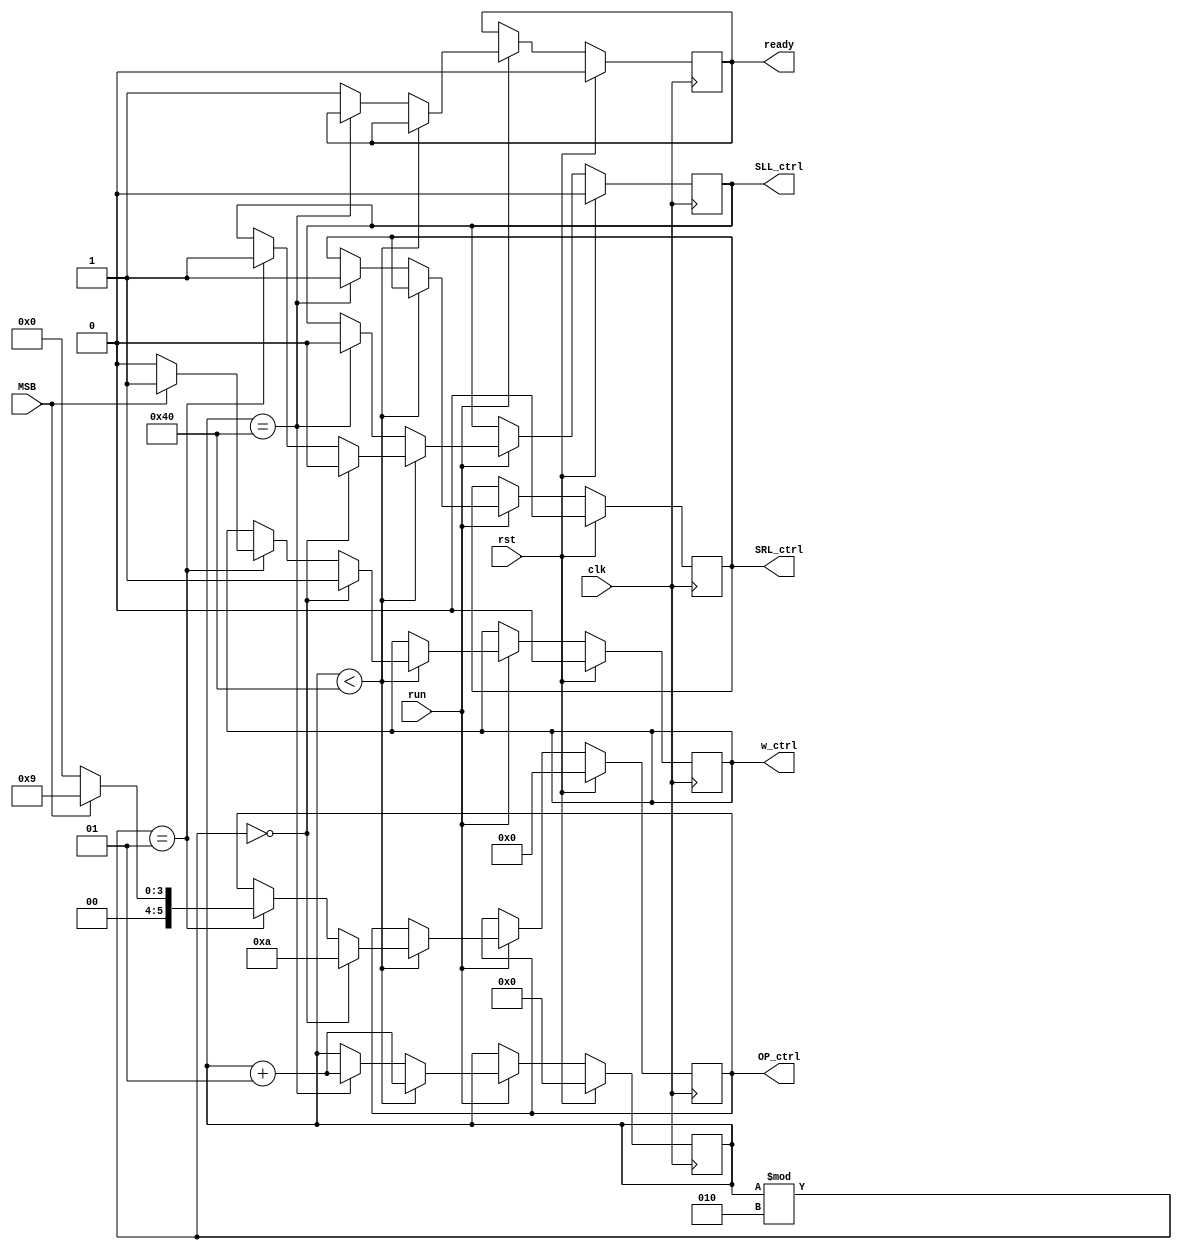
`define add	6'b001001
`define sub	6'b001010
module Control(run, rst, clk, MSB, w_ctrl, SLL_ctrl, SRL_ctrl, ready, OP_ctrl);
//inputs
input run, rst, clk, MSB;
//outputs
output reg w_ctrl, SLL_ctrl, SRL_ctrl, ready;
output reg [5:0]OP_ctrl;

integer counter;

always@(posedge clk)begin
	//reset
	if(rst)begin
		w_ctrl <= 0;
		SLL_ctrl <= 0;
		SRL_ctrl <=0;
		ready <= 0;
		OP_ctrl <= 0;
		counter <= 0;		
	end 
	else if(run) begin
		if(counter < 64)begin
			counter <= counter + 1;
			//step1: Remainder minus divisor
			if(counter % 2 == 0)begin
				w_ctrl <= 1;
				OP_ctrl <= `sub;
				SLL_ctrl <= 0;
			end
			//step2: check the value of remainder
			else if(counter % 2 == 1)begin
				SLL_ctrl <= 1;
				//if is negative -> MSB = 1 -> add divisor back and shift
				if(MSB)begin
					w_ctrl <= 1;
					OP_ctrl <= `add;
				end 
				//if positive -> keep it and shift 
				else begin
					w_ctrl <= 0;
					OP_ctrl <= 0;
				end
			end
		//the last step: shift the remainder right
		end else if(counter == 64)begin
			SRL_ctrl <= 1;
			SLL_ctrl <= 0;
			counter <= counter +1;
		end else ready <= 1;
	end 
end
endmodule